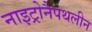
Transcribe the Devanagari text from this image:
नाइट्रोनैपथलीन